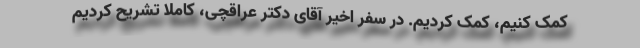
کمک کنیم، کمک کردیم. در سفر اخیر آقای دکتر عراقچی، کاملا تشریح کردیم